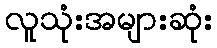
လူသုံးအများဆုံး